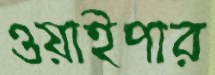
ওয়াইপার